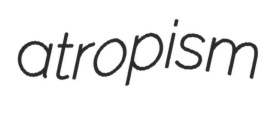
atropism